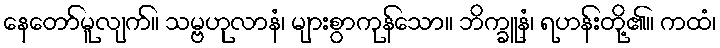
နေတော်မူလျက်။ သမ္ဗဟုလာနံ၊ များစွာကုန်သော။ ဘိက္ခူနံ၊ ရဟန်းတို့၏။ ကထံ၊